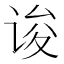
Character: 𰵯